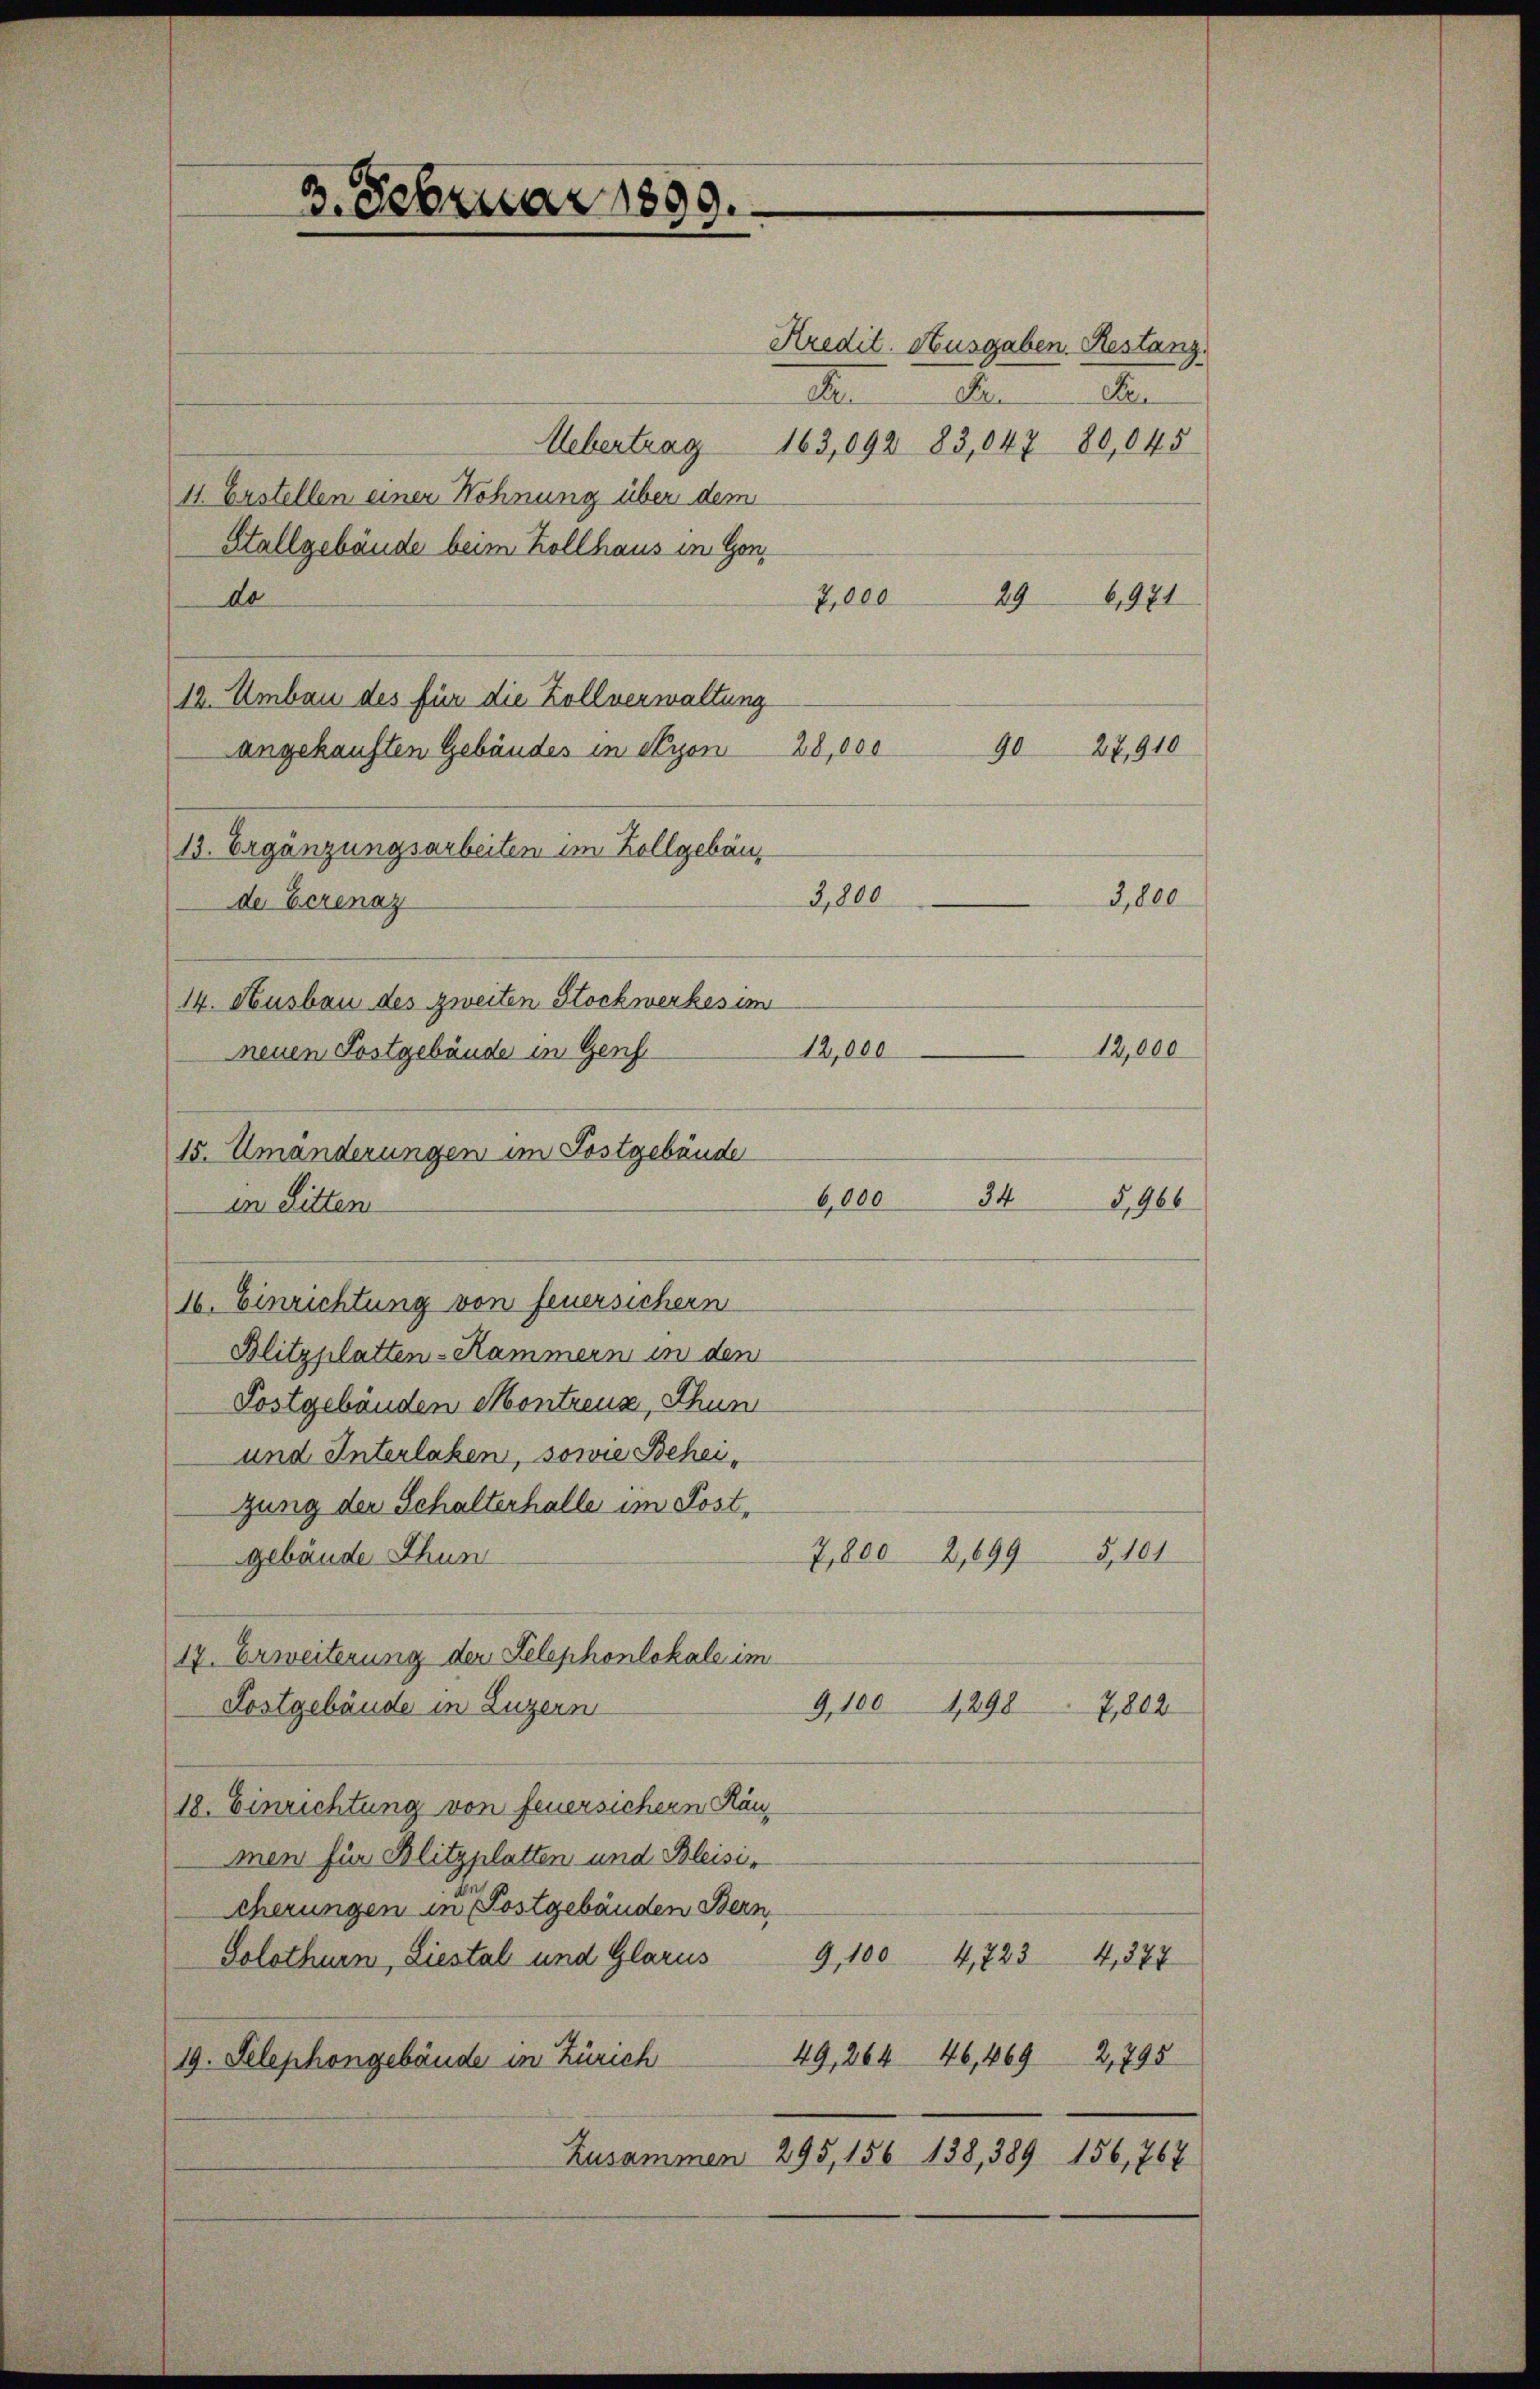
3. Februar 1899.

11. Erstellen einer Wohnung über dem
Stallgebäude beim Kollhaus in Gon-
29
do
6,971
7,000
12. Umbau des für die Zollverwaltung
angekauften Gebäudes in Nyon 28,000
13. Ergänzungsarbeiten im Zollgebäuder Eerenaz
14. Ausbau des zweiten Stockwerkes im
12,000
neuen Postgebäude in Genf
15. Umänderungen im Postgebäude
6,000
in Litten
16. Einrichtung von Feuersichern
Blitzplatten-Kammern in den
Postgebäuden Montreuz, Thun
und Interlaben, sowie Beheizung der Schalterhalle im Post¬
G,181
7,8002,899
gebäude Thun
17. Erweiterung der Telephonlokale im
1298
9,100
Kostgebäude in Luzern
2,802
18. Einrichtung von feuersichern Ränmen für Blitzplatten und Bleisin
cherungen in Postgebäuden Bern,
Solothurn, Liestal und Glarus
9,100 4,7234, 877
49, 264 46,469 2,795
19. Selephongebäude in Zürich
Zusammen 295, 156 138, 389 156,767

Kredit. Ausgaben. Restanz
A
De
De
Uebertrag 163,092 83,047 80,045

3,800

9027,910

34

G,800

12,000

G,966